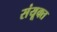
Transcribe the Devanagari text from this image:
संयूक्त